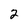
Character: 2